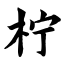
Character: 柠